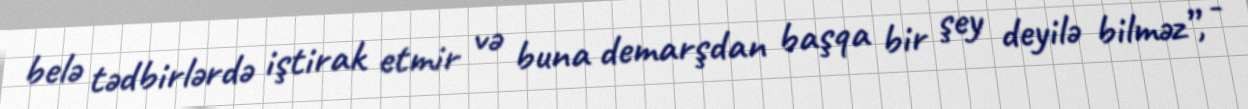
belə tədbirlərdə iştirak etmir və buna demarşdan başqa bir şey deyilə bilməz”, -